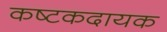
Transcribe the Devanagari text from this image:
कष्टकदायक